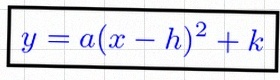
y=a(x-h)^2+k